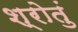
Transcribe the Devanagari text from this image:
श्रोतुं